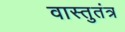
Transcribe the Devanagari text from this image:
वास्तुतंत्र